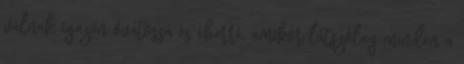
válnak igazán óvatossá és éberré, amikor látszólag minden a